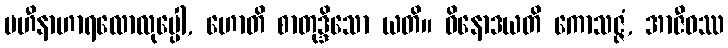
ပဟီနာဟာရလောလုပ္ပေါ, ဟောတိ စာတုဒ္ဒိသော ယတိ။ ဝိနောဒယတိ ကောသဇ္ဇံ, အာဇီဝဿ